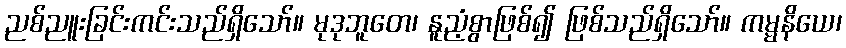
ညစ်ညူးခြင်းကင်းသည်ရှိသော်။ မုဒုဘူတေ၊ နူညံ့စွာဖြစ်၍ ဖြစ်သည်ရှိသော်။ ကမ္မနိယေ၊